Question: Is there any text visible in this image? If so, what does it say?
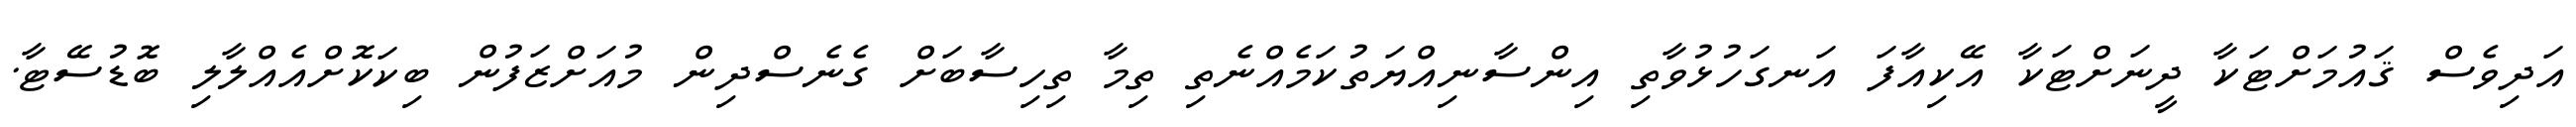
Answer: އަދިވެސް ޤައުމަށްޓަކާ ދީނަށްޓަކާ އޭކިއާފަ އަނގަހުޅުވާތި އިންސާނިއްޔަތުކަމެއްނެތި ތިމާ ތިހިސާބަށް ގެނެސްދިން މުއަށްޒަފުން ބިކަކޮށްއެއްލާލި ބޮޑުސޭޓާ.